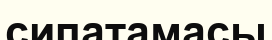
сипатамасы